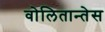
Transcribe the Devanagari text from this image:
वोलितान्तेस